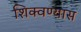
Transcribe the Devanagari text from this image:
शिक्वण्यास